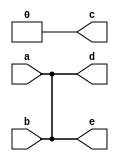
`timescale 1ns/1ns

module wand_wor (a, b, c, d, e); 
  input a, b;
  output c, d, e;
  wire not_a;
  wand d;
  wor e;
  
  assign not_a = ~a;
  assign c = not_a & b; 
  // c =  NOT(a) AND b

  //wired and
  assign d = a; 
  assign d = b;
  // d = a AND b 

  //wired or
  assign e = a;
  assign e = b;
  // e = a OR b 
endmodule